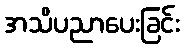
အသိပညာပေးခြင်း